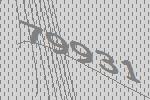
79931